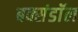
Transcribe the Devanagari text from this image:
बक्संडाॅल